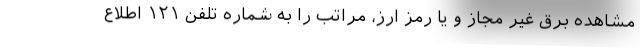
مشاهده برق غیر مجاز و یا رمز ارز، مراتب را به شماره تلفن ١٢١ اطلاع